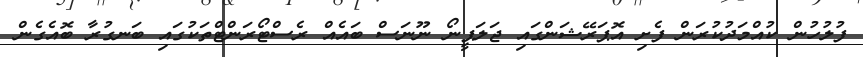
ފުލުހުން ކުއްމަދުކުރަން ފެށި އޮޕަރޭޝަންގައި ޖަލަޕީނޯ ނޫނަސް ބައެއް ރެސްޓޯރަންޓްތަކުގައި ބަނގުރާ ބޮއެގެން